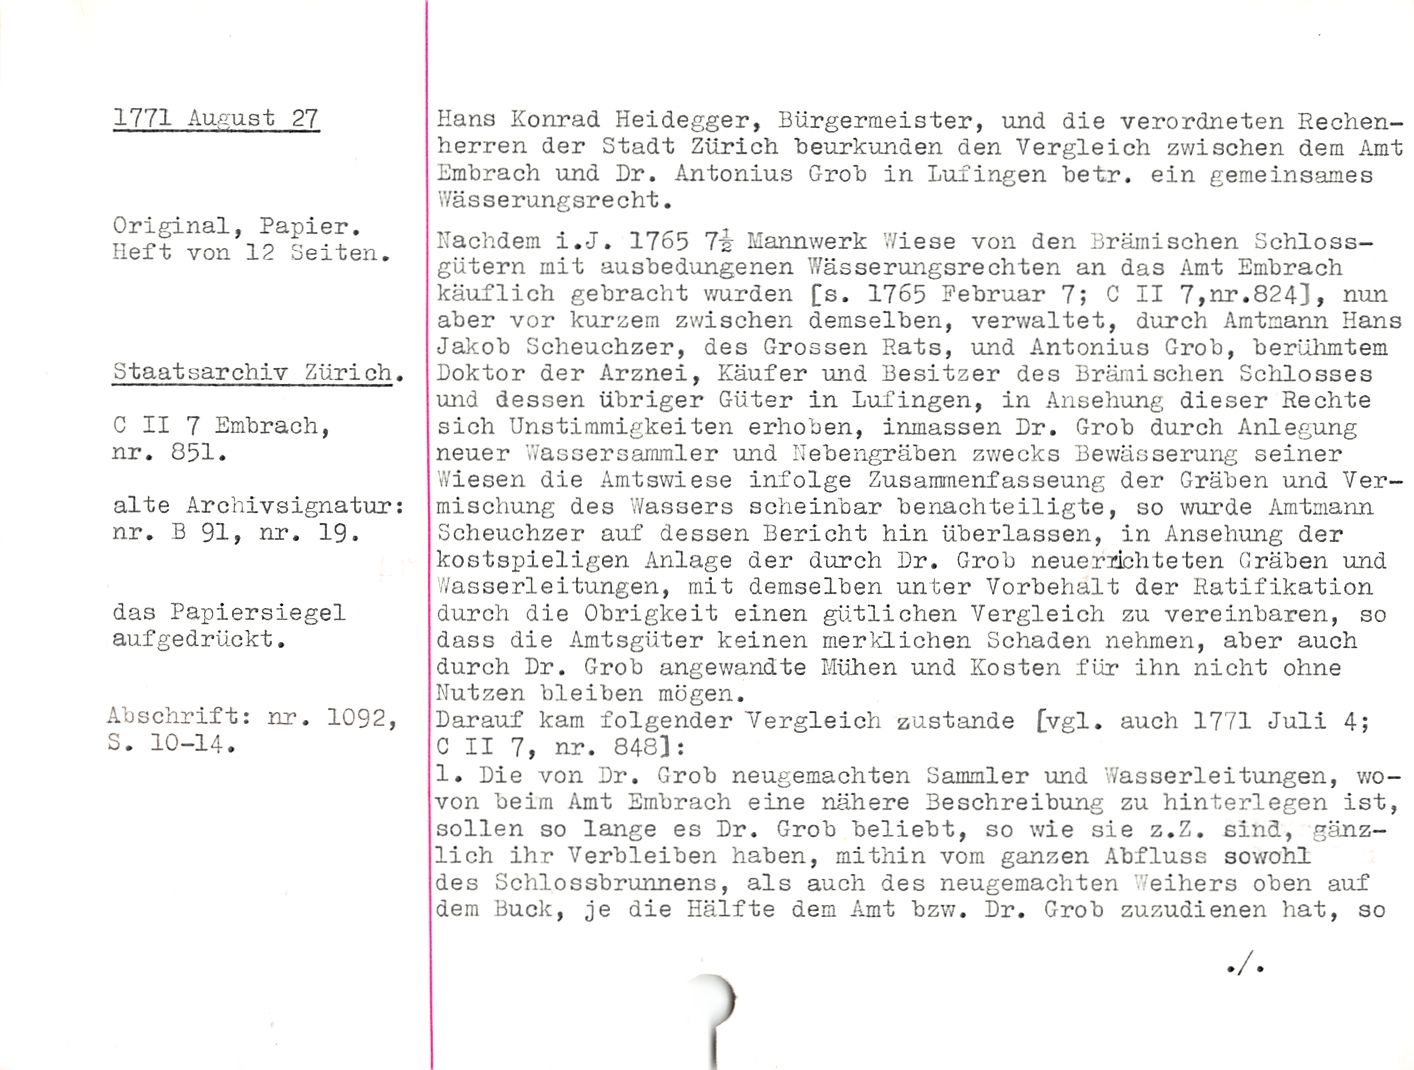
1771 Au.- '.ist. 27

Original, Papier.
Heft von 12 Seiten.

Staatsarchiv Zürich.

C II 7 Embrach,
nr. 051.

alte Archivsignatur:
nr. B 91, nr. 19.

das Papiersiegel
aufgedrückt.

Abschrift: nr. 1092,
S. 10-14.

Hans Konrad Heidegger, Bürgermeister, und die verordneten Rechen¬
herren der Stadt Zürich beurkunden den Vergleich zwischen dem Amt
Embrach und Dr. Antonius Grob in Lufingen betr. ein gemeinsames
Wässerungsrecht.

Nachdem i.-J. 1765 Mannwerk Wiese von den Bremischen Schloss¬
gütern mit ausbedungenen Wässerungsrechten an das Amt Embrach
käuflich gebracht wurden [s. 1765 Februar 7; C II 7,nr.824], nun
aber vor kurzem zwischen demselben, verwaltet, durch Amtmann Hans
Jakob Scheuchzer, des Grossen Rats, und Antonius Grob, berühmtem
Doktor der Arznei, Käufer und Besitzer des Brämisehen Schlosses
und dessen übriger Güter in lufingen, in Ansehung dieser Rechte
sich Unstimmigkeiten erhoben, inmassen Br. Grob durch Anlegung
neuer WasserSammler und Nebengräben zwecks Bewässerung seiner
Wiesen die Amtswiese infolge Zusammen!asseung der Gräben und Ver¬
mischung des Wassers scheinbar benachteiligte, so wurde Amtmann
Scheuchzer auf dessen Bericht hin überlassen, in Ansehung der
kostspieligen Anlage der durch Dr. Grob neuerlichteten Gräben und
//asserleitungen, mit demselben unter Vorbehalt der Ratifikation
durch die Obrigkeit einen gütlichen Vergleich zu vereinbaren, so
dass die Amtsgüter keinen merklichen Schaden nehmen, aber auch
durch Dr. Grob angewandte Mühen und Kosten für ihn nicht ohne
Nutzen bleiben mögen.

Darauf kam folgender Vergleich zustande [vgl. auch 1771 Juli 4;

C II 7, nr. 848]:

1. Die von Dr. Grob neugemachten Sammler und Wasserleitungen, wo¬
von beim Amt Embrach eine nähere Beschreibung zu hinterlegen ist,
sollen so lange es Dr. Grob beliebt, so wie sie z.Z. sind, gänz¬
lich ihr Verbleiben haben, mithin vom ganzen Abfluss sowohl
des Schlossbrunnens, als auch des neugemachten ’eihers oben auf
dem Buck, je die Hälfte dem Amt bzw. Dr. Grob zuzudienen hat, so

/